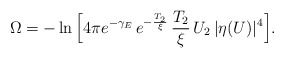
\begin{align*}\Omega = - \ln\Big[ 4 \pi e^{-\gamma_E} \, e^{-\frac{T_2}{\xi}}\,\frac{T_2}{\xi} \, U_2\, \vert \eta(U)\vert^4\Big].\end{align*}